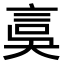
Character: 𧦂